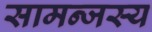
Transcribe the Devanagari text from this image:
सामन्‍जस्‍य